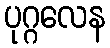
ပုဂ္ဂလေန